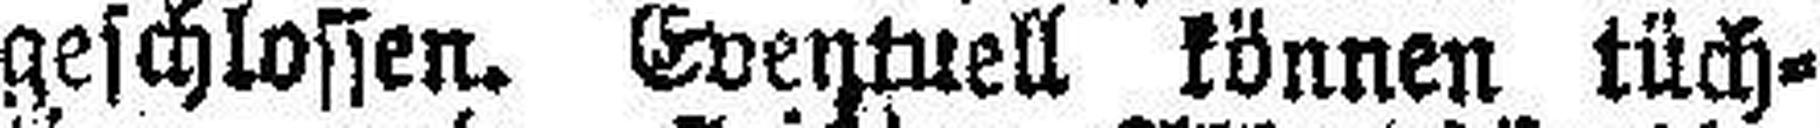
geschlossen. Eventuell können tüch¬